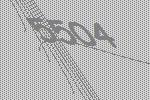
5504